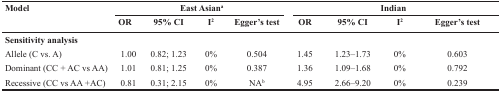
| <ROWSPAN=2> Model | <COLSPAN=4> East Asiana | <COLSPAN=4> Indian |
 | OR | 95% CI | I2 | Egger's test | OR | 95% CI | I2 | Egger's test |
 | --- | --- | --- | --- | --- | --- | --- | --- | --- |
 | Sensitivity analysis |  |  |  |  |  |  |  |  |
 | Allele (C vs. A) | 1.00 | 0.82; 1.23 | 0% | 0.504 | 1.45 | 1.23–1.73 | 0% | 0.603 |
 | Dominant (CC + AC vs AA) | 1.01 | 0.81; 1.25 | 0% | 0.387 | 1.36 | 1.09–1.68 | 0% | 0.792 |
 | Recessive (CC vs AA +AC) | 0.81 | 0.31; 2.15 | 0% | NAb | 4.95 | 2.66–9.20 | 0% | 0.239 |